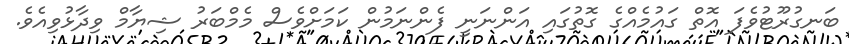
ބަނގުރޫޓުވެފަ އޮތް ގައުމެއްގެ ގޮތުގައި އަންނަނީ ފެންނަމުން ކަމަށްވެސް މެމްބަރު ޝިޔާމް ވިދާޅުވިއެވެ.